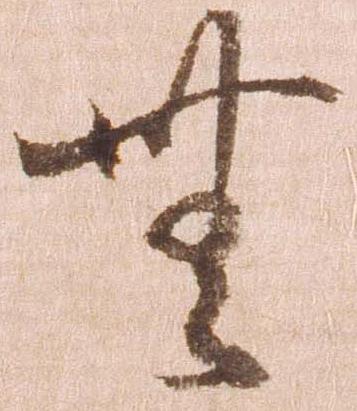
無